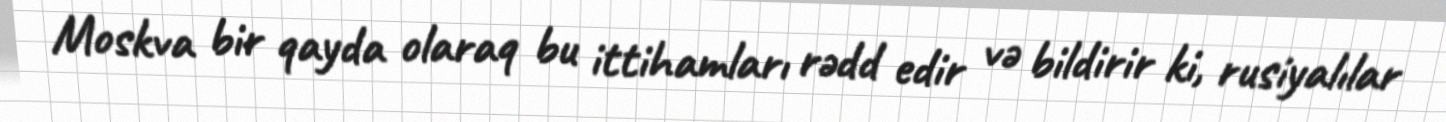
Moskva bir qayda olaraq bu ittihamları rədd edir və bildirir ki, rusiyalılar